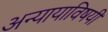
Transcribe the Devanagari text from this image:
अन्यायाविषयी